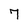
Character: 7